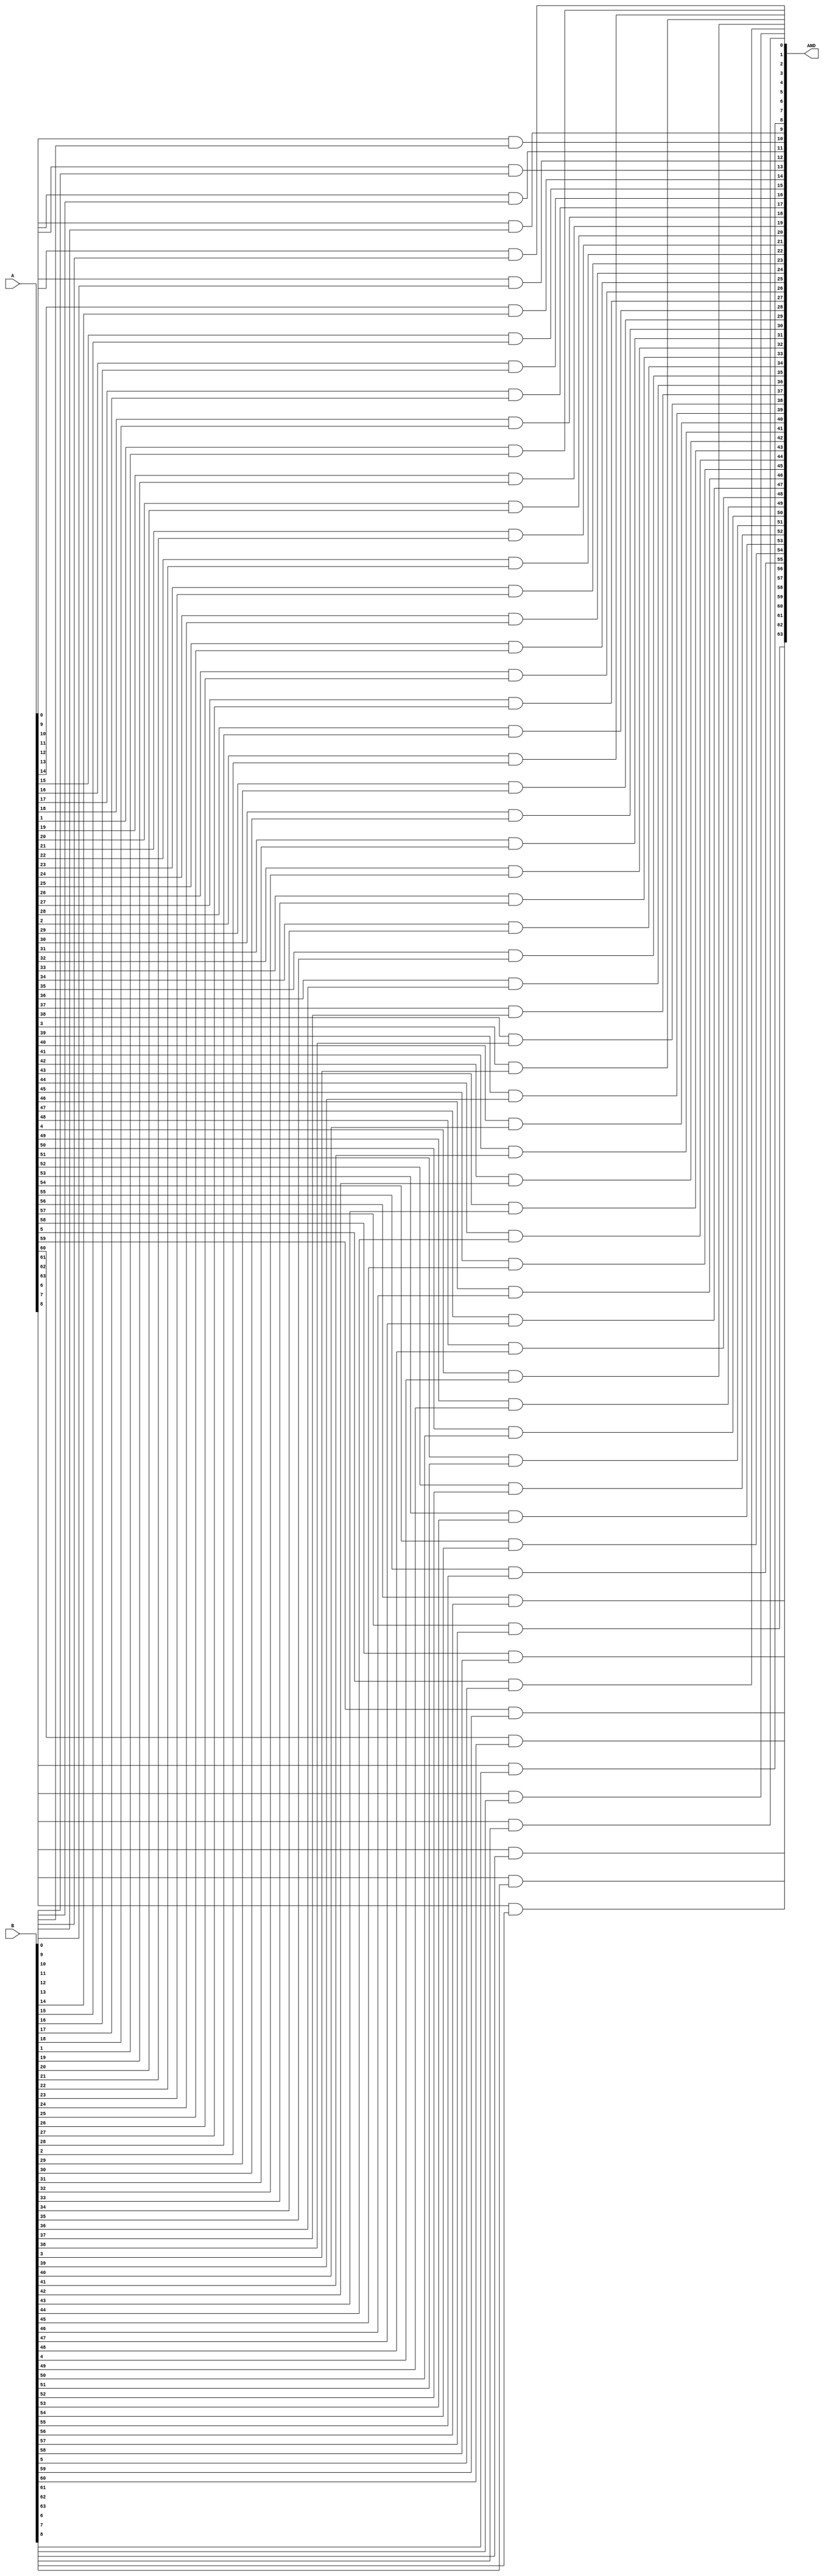
module And_64(A,B,AND);
input [63:0] A,B;
output [63:0] AND;

genvar i;

generate
    for(i = 0; i < 64; i=i+1) begin
        and andgate1(AND[i],A[i],B[i]);
    end
endgenerate

endmodule